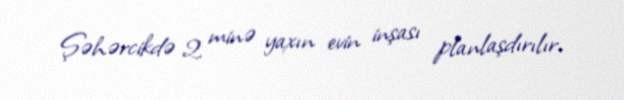
Şəhərcikdə 2 minə yaxın evin inşası planlaşdırılır.